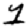
Digit: 1